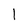
Character: 1